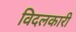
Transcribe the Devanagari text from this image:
विदलकारी